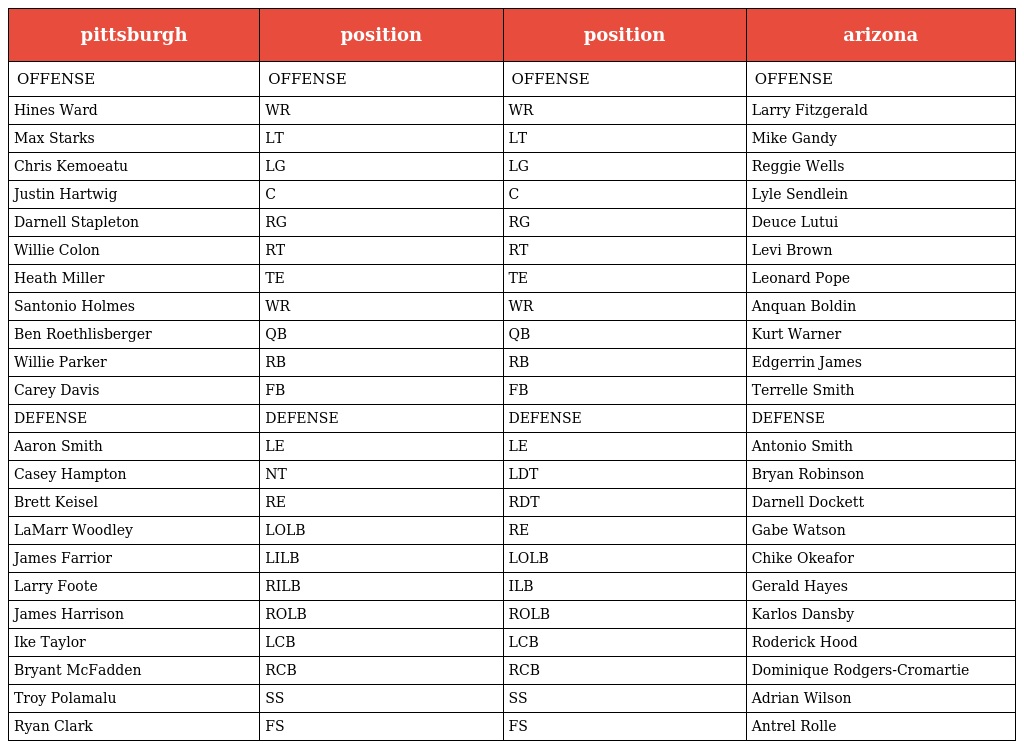
| pittsburgh | position | position | arizona |
 | --- | --- | --- | --- |
 | OFFENSE | OFFENSE | OFFENSE | OFFENSE |
 | Hines Ward | WR | WR | Larry Fitzgerald |
 | Max Starks | LT | LT | Mike Gandy |
 | Chris Kemoeatu | LG | LG | Reggie Wells |
 | Justin Hartwig | C | C | Lyle Sendlein |
 | Darnell Stapleton | RG | RG | Deuce Lutui |
 | Willie Colon | RT | RT | Levi Brown |
 | Heath Miller | TE | TE | Leonard Pope |
 | Santonio Holmes | WR | WR | Anquan Boldin |
 | Ben Roethlisberger | QB | QB | Kurt Warner |
 | Willie Parker | RB | RB | Edgerrin James |
 | Carey Davis | FB | FB | Terrelle Smith |
 | DEFENSE | DEFENSE | DEFENSE | DEFENSE |
 | Aaron Smith | LE | LE | Antonio Smith |
 | Casey Hampton | NT | LDT | Bryan Robinson |
 | Brett Keisel | RE | RDT | Darnell Dockett |
 | LaMarr Woodley | LOLB | RE | Gabe Watson |
 | James Farrior | LILB | LOLB | Chike Okeafor |
 | Larry Foote | RILB | ILB | Gerald Hayes |
 | James Harrison | ROLB | ROLB | Karlos Dansby |
 | Ike Taylor | LCB | LCB | Roderick Hood |
 | Bryant McFadden | RCB | RCB | Dominique Rodgers-Cromartie |
 | Troy Polamalu | SS | SS | Adrian Wilson |
 | Ryan Clark | FS | FS | Antrel Rolle |